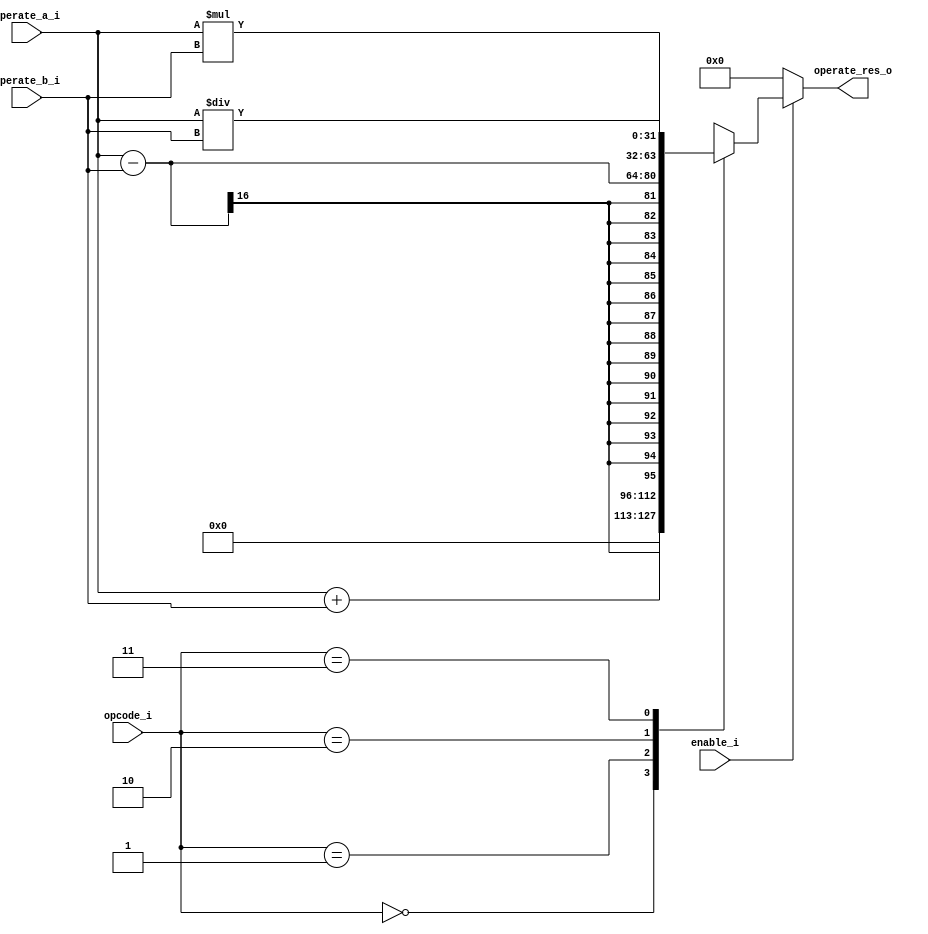
module ahb_slave_calc 
#(parameter WIDTH=32)
(
    input   wire            enable_i,
    input   wire[1:0]       opcode_i,
    input   wire[15:0]      operate_a_i,
    input   wire[15:0]      operate_b_i,
    output  reg[WIDTH-1:0]  operate_res_o
); 

parameter OPCODE_ADD = 2'b00;
parameter OPCODE_SUB = 2'b01;
parameter OPCODE_MUL = 2'b10;
parameter OPCODE_DIV = 2'b11;

always @(*)
begin
  if(enable_i)
    begin
      case(opcode_i)
          OPCODE_ADD:operate_res_o = operate_a_i + operate_b_i;
          OPCODE_SUB:operate_res_o = operate_a_i - operate_b_i;
          OPCODE_MUL:operate_res_o = operate_a_i * operate_b_i;
          OPCODE_DIV:operate_res_o = operate_a_i / operate_b_i;
      endcase
    end
  else
    begin
      operate_res_o = 32'b0;
    end
end 


endmodule